Vaccination in Bombay 1869-1873 - 1869-1873
Year: 1869
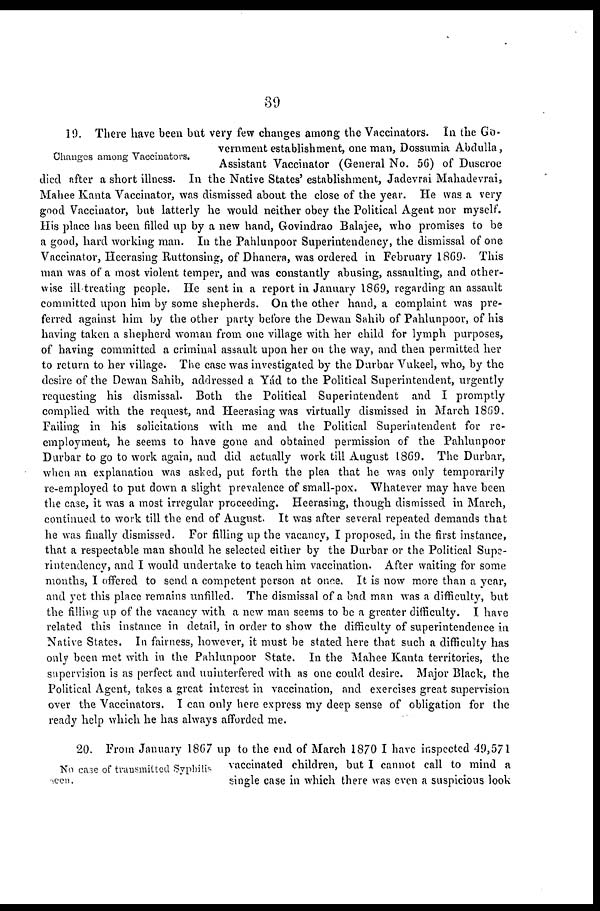
39
Changes among Vaccinators.
19. There have been but very few changes among the Vaccinators. In the Go-
vernment establishment, one man, Dossumia Abdulla,
Assistant Vaccinator (General No. 56) of Duscroe
died after a short illness. In the Native States' establishment, Jadevrai Mahadevrai,
Mahee Kanta Vaccinator, was dismissed about the close of the year. He was a very
good Vaccinator, but latterly he would neither obey the Political Agent nor myself.
His place has been filled up by a new hand, Govindrao Balajee, who promises to be
a good, hard working man. In the Pahlunpoor Superintendency, the dismissal of one
Vaccinator, Heerasing Ruttonsing, of Dhanera, was ordered in February 1869. This
man was of a most violent temper, and was constantly abusing, assaulting, and other-
wise ill treating people. He sent in a report in January 1869, regarding an assault
committed upon him by some shepherds. On the other hand, a complaint was pre-
ferred against him by the other party before the Dewan Sahib of Pahlunpoor, of his
having taken a shepherd woman from one village with her child for lymph purposes,
of having committed a criminal assault upon her on the way, and then permitted her
to return to her village. The case was investigated by the Durbar Vukeel, who, by the
desire of the Dewan Sahib, addressed a Yád to the Political Superintendent, urgently
requesting his dismissal. Both the Political Superintendent and I promptly
complied with the request, and Heerasing was virtually dismissed in March 1869.
Failing in his solicitations with me and the Political Superintendent for re-
employment, he seems to have gone and obtained permission of the Pahlunpoor
Durbar to go to work again, and did actually work till August 1869. The Durbar,
when an explanation was asked, put forth the plea that he was only temporarily
re-employed to put down a slight prevalence of small-pox. Whatever may have been
the case, it was a most irregular proceeding. Heerasrag, though dismissed in March,
continued to work till the end of August. It was after several repeated demands that
he was finally dismissed. For filling up the vacancy, I proposed, in the first instance,
that a respectable man should he selected either by the Durbar or the Political Supe-
rintendency, and I would undertake to teach him vaccination. After waiting for some
months, I offered to send a competent person at once. It is now more than a year,
and yet this place remains unfilled. The dismissal of a bad man was a difficulty, but
the filling up of the vacancy with a new man seems to be a greater difficulty. I have
related this instance in detail, in order to show the difficulty of superintendence in
Native States. In fairness, however, it must be stated here that such a difficulty has
only been met with in the Pahlunpoor State. In the Mahee Kanta territories, the
supervision is as perfect and uninterfered with as one could desire. Major Black, the
Political Agent, takes a great interest in vaccination, and exercises great supervision
over the Vaccinators. I can only here express my deep sense of obligation for the
ready help which he has always afforded me.
No case of transmitted Syphilis
seen.
20. From January 1867 up to the end of March 1870 I have inspected 49,571
vaccinated children, but I cannot call to mind a
single case in which there was even a suspicious look